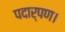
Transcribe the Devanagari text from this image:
पदार्पण।